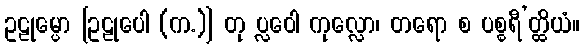
ဥဠုမ္ပော [ဥဠုပေါ (က.)] တု ပ္လဝေါ ကုလ္လော၊ တရော စ ပစ္စရီ’တ္ထိယံ။